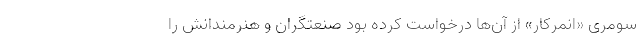
سومری «اِنمِرکار» از آن‌ها درخواست کرده بود صنعتگران و هنرمندانش را